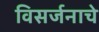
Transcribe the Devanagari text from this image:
विसर्जनाचे